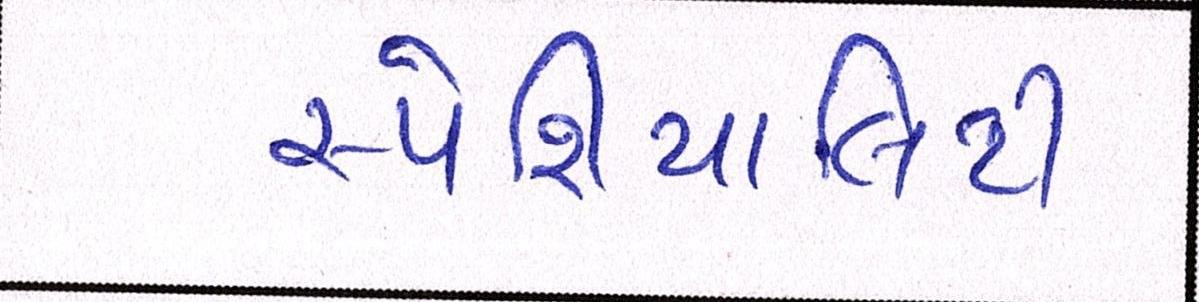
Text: સ્પેશિયાલિટી